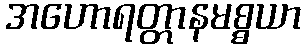
အဟောရတ္တာနမစ္စယာ